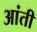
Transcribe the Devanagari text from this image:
आंती